Lunatic asylums Central Provinces reports 1895-1909 - 1895-1909
Year: 1895
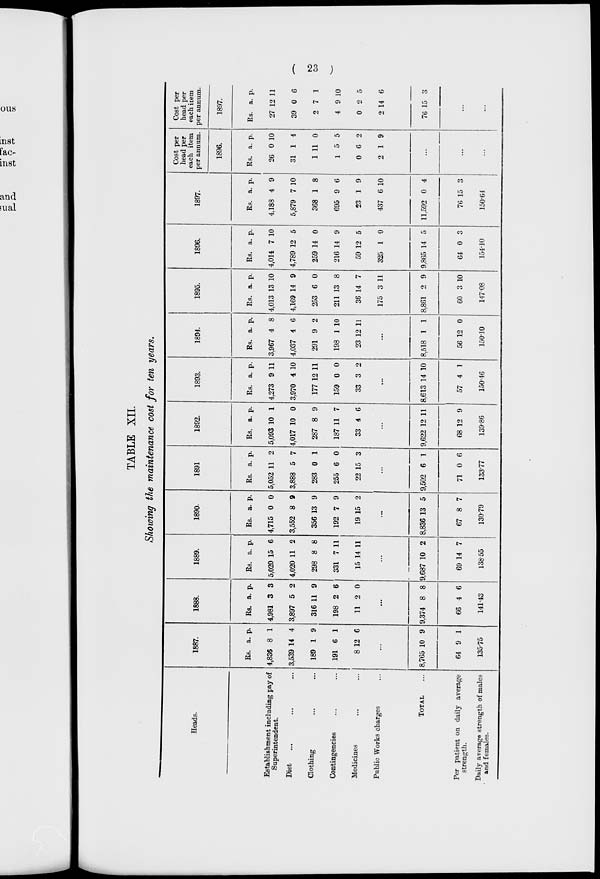
( 23 )
TABLE XII.
Showing the maintenance cost for ten years.
Heads.
Establishment including pay of
Superintendent.
Diet ... ... ...
Clothing ... ...
Contingencies ... ...
Medicines ... ...
Public Works charges ...
TOTAL ...
Per patient on daily average
strength.
Daily average strength of males
and females.
1887.
Rs.
4,836
3,539
189
191
8
a.
8
14
1
6
12
p.
1
4
9
1
6
...
8,765
64
10
9
9
1
135.75
1888.
Rs.
4,981
3,897
316
198
11
a.
3
5
11
2
2
p.
3
2
9
6
0
...
9,374
66
8
4
8
6
141.43
1889.
Rs.
5,020
4,020
298
331
15
a.
15
11
8
7
14
p.
6
2
8
11
11
...
9,687
69
10
14
2
7
138.55
1890.
Rs.
4,715
3,552
356
192
19
a.
0
8
13
7
15
p.
0
9
9
9
2
...
8,836
67
13
8
5
7
130.79
1891
Rs.
5,052
3,888
283
255
22
a.
11
5
0
6
15
p.
2
7
1
0
3
...
9,502
71
6
0
1
6
133.77
1892.
Rs.
5,093
4,017
287
187
33
a.
10
10
8
11
4
p.
1
0
9
7
6
...
9,622
68
12
12
11
9
139.86
1893.
Rs.
4,273
3,970
177
159
33
a.
9
4
12
0
3
p.
11
10
11
0
2
...
8,613
57
14
4
10
1
150.46
1894.
Rs.
3,967
4,037
291
198
23
a.
4
4
9
1
12
p.
8
6
2
10
11
...
8,518
56
1
12
1
0
150.10
1895.
Rs.
4,013
4,169
253
211
36
175
8,861
60
a.
13
14
6
13
14
3
2
3
p.
10
9
0
8
7
11
9
10
147.08
1896.
Rs.
4,014
4,789
259
216
59
325
9,865
64
a.
7
12
14
14
12
1
14
0
p.
10
5
0
9
5
0
5
3
154.10
1897.
Rs.
4,188
5,879
368
695
23
437
11,592
76
a.
4
7
1
9
1
6
0
15
p.
9
10
8
6
9
10
4
3
150.64
Cost per
head per
each item
per annum.
1896.
Rs.
26
31
1
1
0
2
a.
0
1
11
5
6
1
p.
10
4
0
5
2
9
...
...
...
Cost per
head per
each item
per annum.
1897.
Rs.
27
39
2
4
0
2
76
a.
12
0
7
9
2
14
15
p.
11
6
1
10
5
6
3
...
...